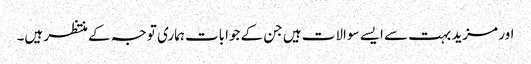
اور مزید بہت سے ایسے سوالات ہیں جن کے جوابات ہماری توجہ کے منتظر ہیں۔